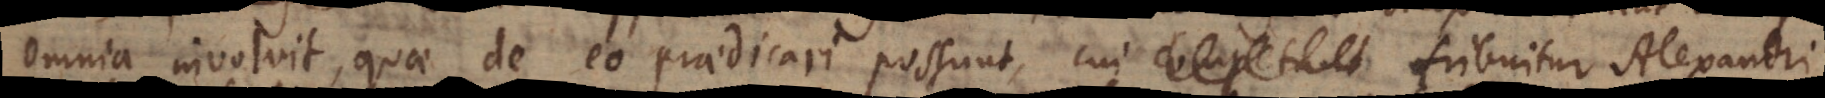
omnia involvit, quae de eo praedicari possunt, cui competunt tribui